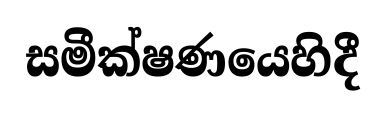
සමීක්ෂණයෙහිදී